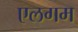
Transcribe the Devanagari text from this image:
एलगम